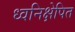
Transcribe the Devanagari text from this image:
ध्वनिक्षेपित